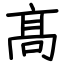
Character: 髙